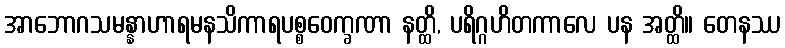
အာဘောဂသမန္နာဟာရမနသိကာရပစ္စဝေက္ခဏာ နတ္ထိ, ပရိဂ္ဂဟိတကာလေ ပန အတ္ထိ။ တေနဿ